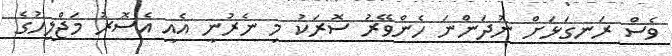
ވެސް ރަނގަޅަށް ނުދަންނަ ހެންވޭރު ސޮރަކު މި ނެރުނީ އެއީ އެސޮރު މަޖްލީހުގެ